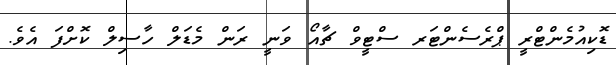
ޑޮކިއުމެންޓްރީ ޕްރެސެންޓަރ ސްޓީވް ޗާއޯ ވަނީ ރަން މެޑަލް ހާސިލް ކޮށްފަ އެވެ.